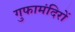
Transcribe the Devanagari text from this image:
गुफामंदिरों